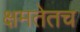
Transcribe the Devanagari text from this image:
क्षमतेतच